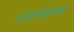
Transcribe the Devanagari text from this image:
ओआयसीदरम्यान